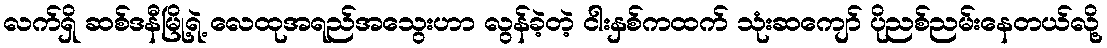
လက်ရှိ ဆစ်ဒနီမြို့ရဲ့ လေထုအရည်အသွေးဟာ လွန်ခဲ့တဲ့ ငါးနှစ်ကထက် သုံးဆကျော် ပိုညစ်ညမ်းနေတယ်လို့